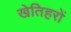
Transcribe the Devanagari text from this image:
खेतिहरों